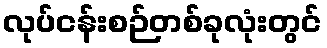
လုပ်ငန်းစဉ်တစ်ခုလုံးတွင်